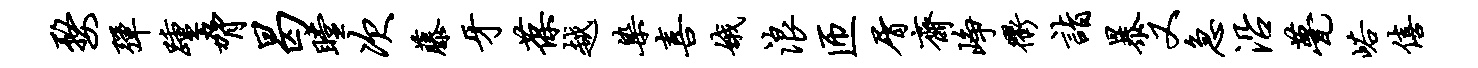
婺弹踵胁曷瞠次藤牙葆越染喜娥浪匝屑斋峥衢诣暴又急沿甍峪僖